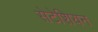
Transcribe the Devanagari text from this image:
सेटेशियन